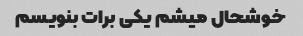
خوشحال میشم یکی برات بنویسم